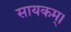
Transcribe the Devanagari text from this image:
सायकम्।